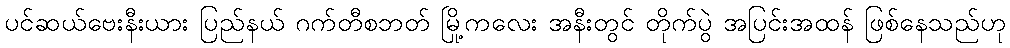
ပင်ဆယ်ဗေးနီးယား ပြည်နယ် ဂက်တီစဘတ် မြို့ကလေး အနီးတွင် တိုက်ပွဲ အပြင်းအထန် ဖြစ်နေသည်ဟု